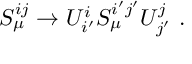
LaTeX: S _ { \mu } ^ { i j } \rightarrow U _ { i ^ { \prime } } ^ { i } S _ { \mu } ^ { i ^ { \prime } j ^ { \prime } } U _ { j ^ { \prime } } ^ { j } ~ .